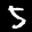
Label: 5